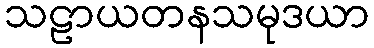
သဠာယတနသမုဒယာ